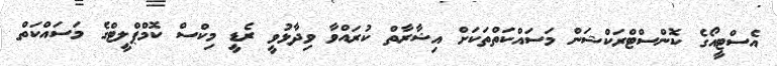
އެސްޓީއޯގެ ކޮންސްޓްރަކްޝަން މަސައްކަތްތަކަށް އިޝާރާތް ކުރައްވާ ވިދާޅުވީ ރެޑީ މިކްސް ކޮމްޕްލީޓްގެ މަސައްކަތް